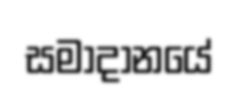
සමාදානයේ